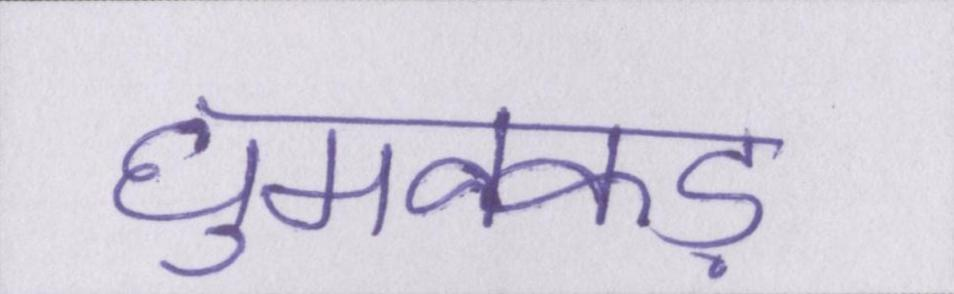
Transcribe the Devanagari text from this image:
घुमक्कड़